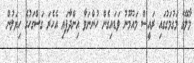
މާލޭގެ މަގުމަގުގައި ރައީސް މައުމޫނު ވަޑައިގެން ހުންނަވާ އިންދާފައި އެހެރަ ގަސްގަހުގެ ހިޔަލުން